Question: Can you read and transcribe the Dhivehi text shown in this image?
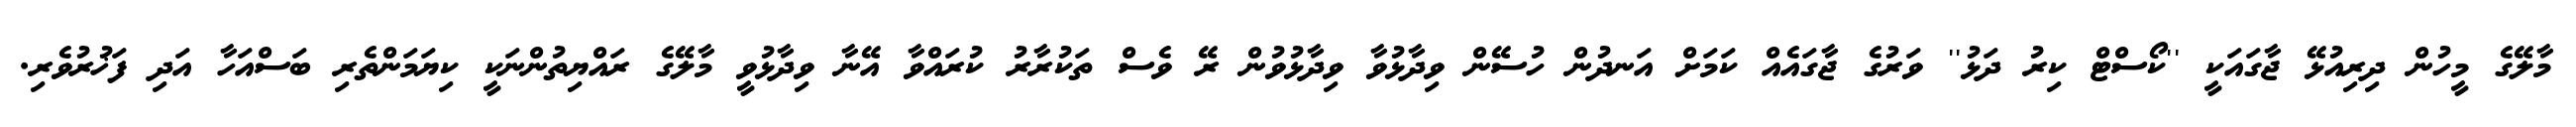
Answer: މާލޭގެ މީހުން ދިރިއުޅޭ ޖާގައަކީ ''ކޯސްޓް ކިރު ދަޅު'' ވަރުގެ ޖާގައެއް ކަމަށް އަނދުން ހުސޭން ވިދާޅުވާ ވިދާޅުވުން ރޭ ވެސް ތަކުރާރު ކުރައްވާ އޭނާ ވިދާޅުވީ މާލޭގެ ރައްޔިތުންނަކީ ކިޔަމަންތެރި ބަސްއަހާ އަދި ފަޚުރުވެރި.